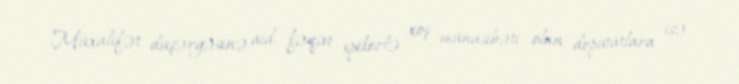
Müxalifət düşərgəsinə aid, fəqət spikerlə xoş münasibəti olan deputatlara isə